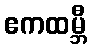
ဧကထမ္ဘီ